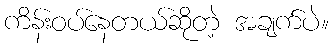
ကိန်းဝပ်နေတယ်ဆိုတဲ့ အချက်ပဲ။